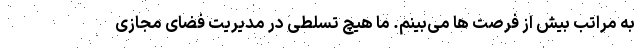
به مراتب بیش از فرصت ها می‌بینم. ما هیچ تسلطی در مدیریت فضای مجازی